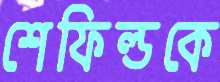
শেফিল্ডকে